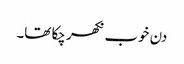
دن خوب نکھر چکا تھا۔